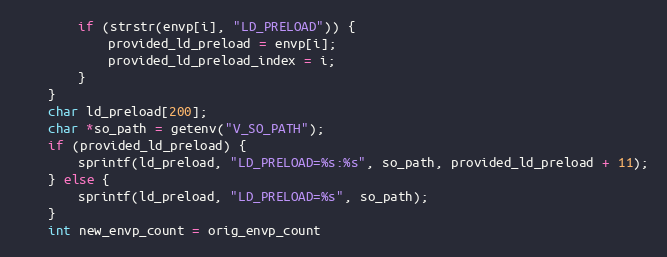
Language: C++
        if (strstr(envp[i], "LD_PRELOAD")) {
            provided_ld_preload = envp[i];
            provided_ld_preload_index = i;
        }
    }
    char ld_preload[200];
    char *so_path = getenv("V_SO_PATH");
    if (provided_ld_preload) {
        sprintf(ld_preload, "LD_PRELOAD=%s:%s", so_path, provided_ld_preload + 11);
    } else {
        sprintf(ld_preload, "LD_PRELOAD=%s", so_path);
    }
    int new_envp_count = orig_envp_count